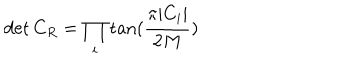
\det { C _ { R } } = \prod _ { i } \tan ( \frac { \pi | C _ { i } | } { 2 M } )